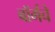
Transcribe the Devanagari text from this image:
बॉर्गचे